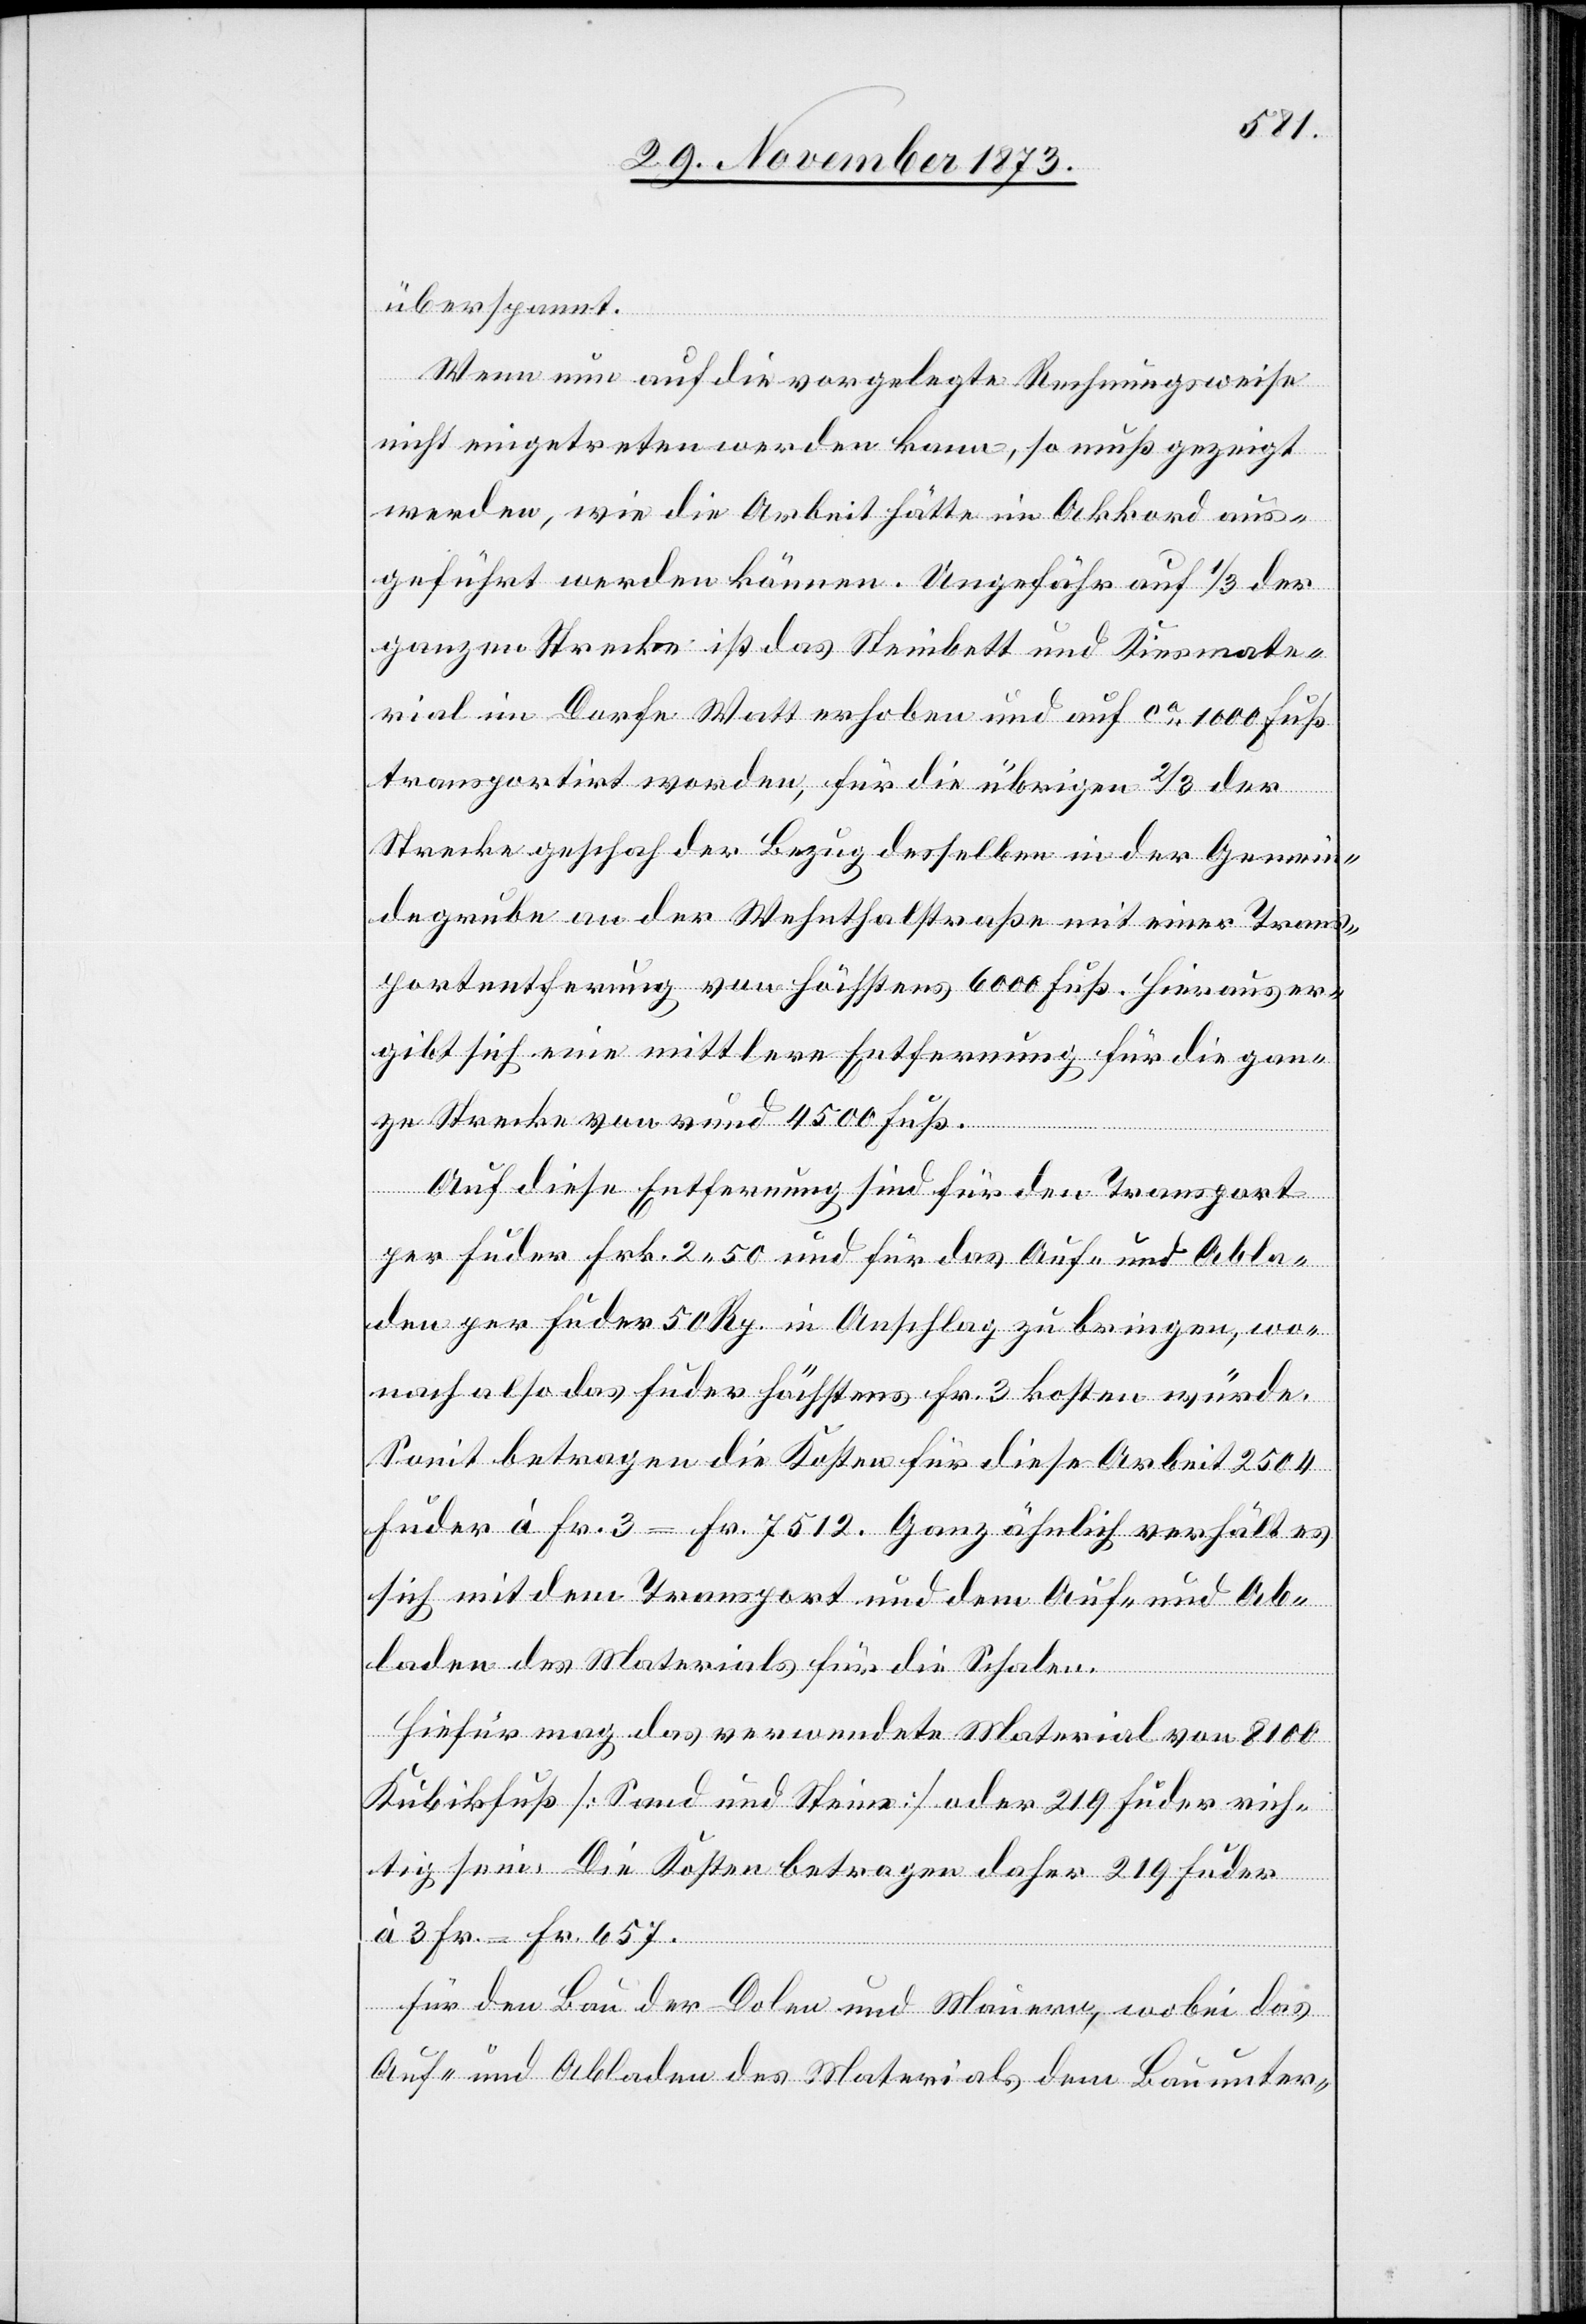
überspannt.
Wenn nun auf die vorgelegte Rechnungsweise
nicht eingetreten werden kann, so muß gezeigt
werden, wie die Arbeit hätte im Akkord aus¬
geführt werden können. Ungefähr auf 1/3 der
ganzen Strecke ist das Steinbett und Kiesmate¬
rial im Dorfe Watt erhoben und auf ca 1 000 Fuß
transportirt worden, für die übrigen 2/3 der
Strecke geschah der Bezug desselben in der Gemein¬
degrube an der Wehnthalstraße mit einer Trans¬
portentfernung von höchstens 6 000 Fuß. Hieraus er¬
gibt sich eine mittlere Entfernung für die gan¬
ze Strecke von rund 4 500 Fuß.
Auf diese Entfernung sind für den Transport
per Fuder Frk. 2 50 und für das Auf- und Abla¬
den per Fuder 50 Rp. in Anschlag zu bringen, wo¬
nach also das Fuder höchstens Fr. 3 kosten würde.
Somit betragen die Kosten für diese Arbeit 2 504
Fuder à Fr. 3 = Fr. 7 512. Ganz ähnlich verhält es
sich mit dem Transport und dem Auf- und Ab¬
laden des Materials für die Schalen.
Hiefür mag das verwendete Material von 8 100
Kubikfuß [Sand und Steine] oder 219 Fuder rich¬
tig sein. Die Kosten betragen daher 219 Fuder
à Fr. = Fr. 657.
Für den Bau der Dolen und Mauern, wobei das
Auf- und Abladen des Materials dem Bauunter-